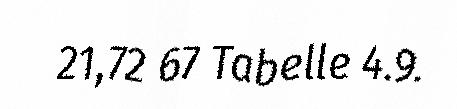
21,72 67 Tabelle 4.9.